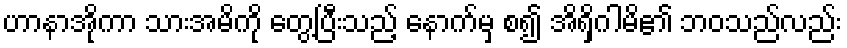
ဟာနာအိုကာ သားအမိကို တွေ့ပြီးသည့် နောက်မှ စ၍ အိရှိဂါမိ၏ ဘဝသည်လည်း